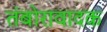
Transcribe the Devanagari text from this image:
तंबोरावादक